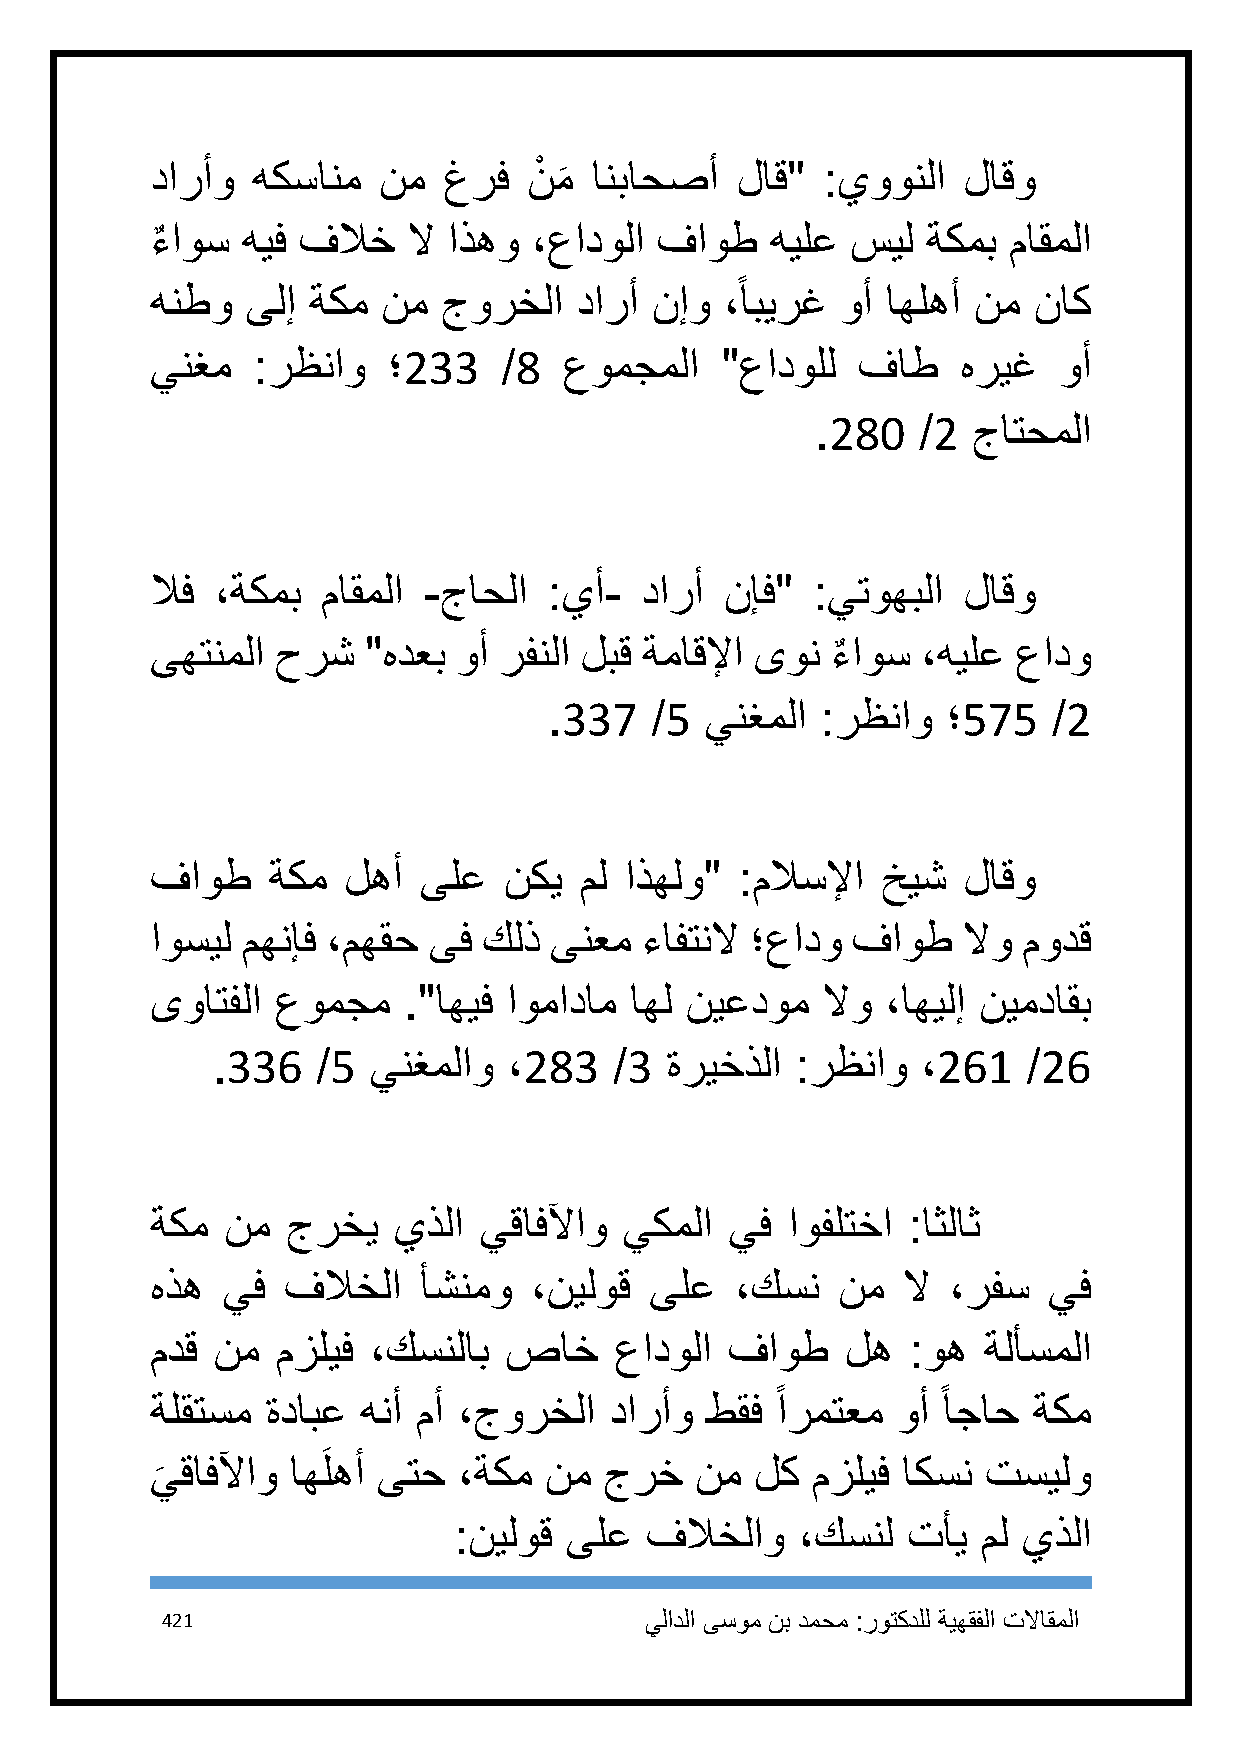
دارأو  هكسانم  نم  غرف   نْ م انباحصأ  لاق" :يوونلا   لاقو
 َ
 ءٌ اوس هيف فلاخ  لا اذهو ،عادولا فاوط    هيلع سيل  ةكمب  ماقملا
 ً
 هنطو  ىلإ ةكم  نم  جورخلا   دارأ نإو  ،ابيرغ  وأ اهلهأ نم ناك
 ينغم   :رظناو   ؛233   /8  عومجملا    "عادولل  فاط    هريغ  وأ
 .281   /2 جاتحملا
 لاف ،ةكمب  ماقملا -جاحلا  :يأ-  دارأ  نإف"  :يتوهبلا  لاقو
 ىهتنملا حرش   "هدعب وأ رفنلا لبق ةماقلإا ىون ءٌ اوس ،هيلع عادو
 .337   /5  ينغملا :رظناو   ؛575   /2
 فاوط    ةكم  لهأ  ىلع  نكي  مل اذهلو"  :ملاسلإا خيش   لاقو
 اوسيل مهنإف ،مهقح ىف  كلذ ىنعم  ءافتنلا ؛عادو فاوط    لاو مودق
 ىواتفلا عومجم    ."اهيف اومادام اهل نيعدوم  لاو  ،اهيلإ نيمداقب
 .336   /5 ينغملاو   ،283   /3 ةريخذلا  :رظناو  ،261   /26
 ةكم  نم  جرخي   يذلا  يقافلآاو يكملا  يف  اوفلتخا :اثلاث
 هذه  يف  فلاخلا   أشنمو  ،نيلوق  ىلع   ،كسن  نم   لا ،رفس  يف
 مدق نم  مزليف ،كسنلاب  صاخ     عادولا فاوط    له  :وه  ةلأسملا
 ً          ً
 ةلقتسم  ةدابع هنأ مأ ،جورخلا  دارأو  طقف ارمتعم  وأ اجاح  ةكم
 يقافلآاو اهَلهأ ىتح ،ةكم  نم  جرخ   نم  لك  مزليف اكسن تسيلو
 َ
 :نيلوق ىلع   فلاخلاو   ،كسنل  تأي  مل يذلا
 421                             يلادلا ىسوم نب دمحم :روتكدلل ةيهقفلا تلااقملا